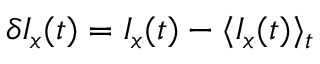
\delta I _ { x } ( t ) = I _ { x } ( t ) - \langle I _ { x } ( t ) \rangle _ { t }